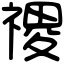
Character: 禝